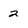
Character: 2